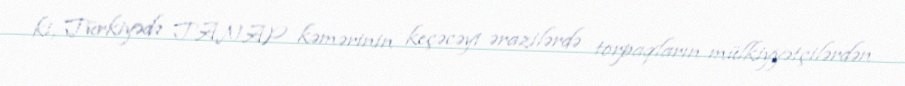
ki, Türkiyədə TANAP kəmərinin keçəcəyi ərazilərdə torpaqların mülkiyyətçilərdən